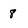
Character: 8